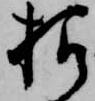
様